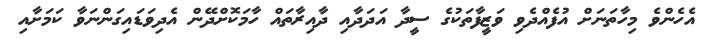
އެހެންވެ މިހާތަނަށް އުފެއްދެވި ވަޒީފާތަކުގެ ސީދާ އަދަދާއި ދާއިރާތައް ހާމަކޮށްދޭން އެދިވަޑައިގަަންނަވާ ކަމަށާއި